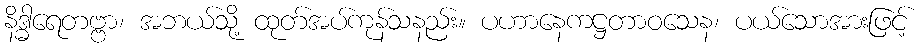
နိဒ္ဓါရေတဗ္ဗာ၊ အဘယ်သို့ ထုတ်အပ်ကုန်သနည်း။ ပဟာနေကဋ္ဌတာဝသေန၊ ပယ်သောအားဖြင့်